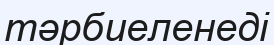
тәрбиеленеді